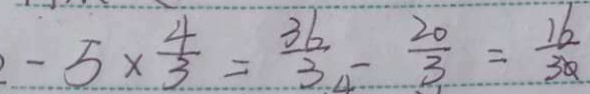
- 5 \times \frac { 4 } { 3 } = \frac { 3 6 } { 3 } - \frac { 2 0 } { 3 } = \frac { 1 6 } { 3 0 }